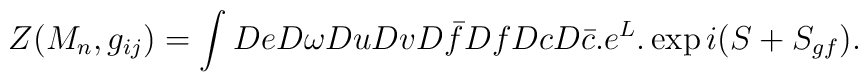
Z(M_{n},g_{ij})=\int DeD\omega DuDvD\bar{f}DfDcD\bar{c}.e^{L}.\exp i(S+S_{gf}).